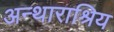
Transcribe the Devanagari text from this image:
अन्थाराश्रिय